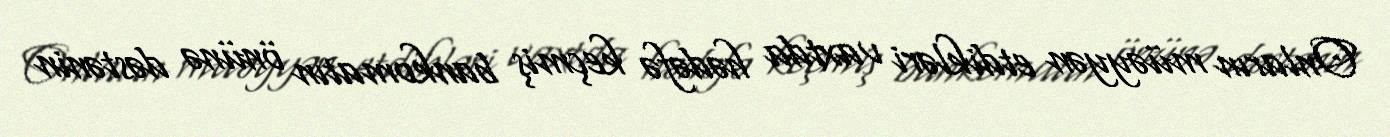
Onların müəyyən etdikləri vaxtda hədəfə keçmiş bankomatın önünə dəstənin